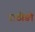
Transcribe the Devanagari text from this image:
राठौङो